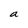
Character: a